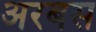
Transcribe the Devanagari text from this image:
अरबस